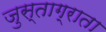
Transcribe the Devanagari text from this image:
जुस्ताग्राता